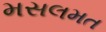
મસલમત